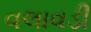
વલાવડી